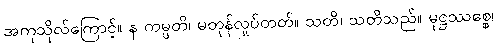
အကုသိုလ်ကြောင့်။ န ကမ္ပတိ၊ မတုန်လှုပ်တတ်။ သတိ၊ သတိသည်။ မုဋ္ဌဿစ္စေ၊